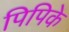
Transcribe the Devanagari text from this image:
पिपिके